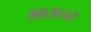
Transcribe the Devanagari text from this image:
४७३५५१